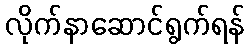
လိုက်နာဆောင်ရွက်ရန်